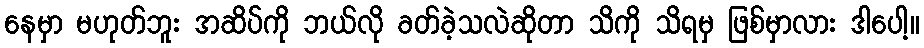
နေမှာ မဟုတ်ဘူး အဆိပ်ကို ဘယ်လို ခတ်ခဲ့သလဲဆိုတာ သိကို သိရမှ ဖြစ်မှာလား ဒါပေါ့။